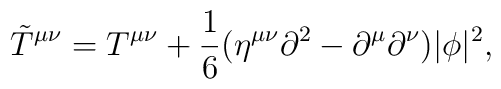
{\tilde{T}}^{\mu\nu}=T^{\mu\nu}+{1\over 6} (\eta^{\mu\nu}\partial^2-\partial^\mu\partial^{\nu})|\phi|^2,